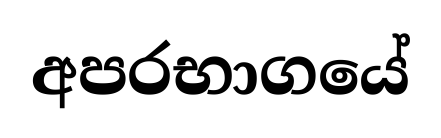
අපරභාගයේ